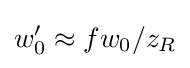
w_{0}'\approx fw_{0}/z_{R}